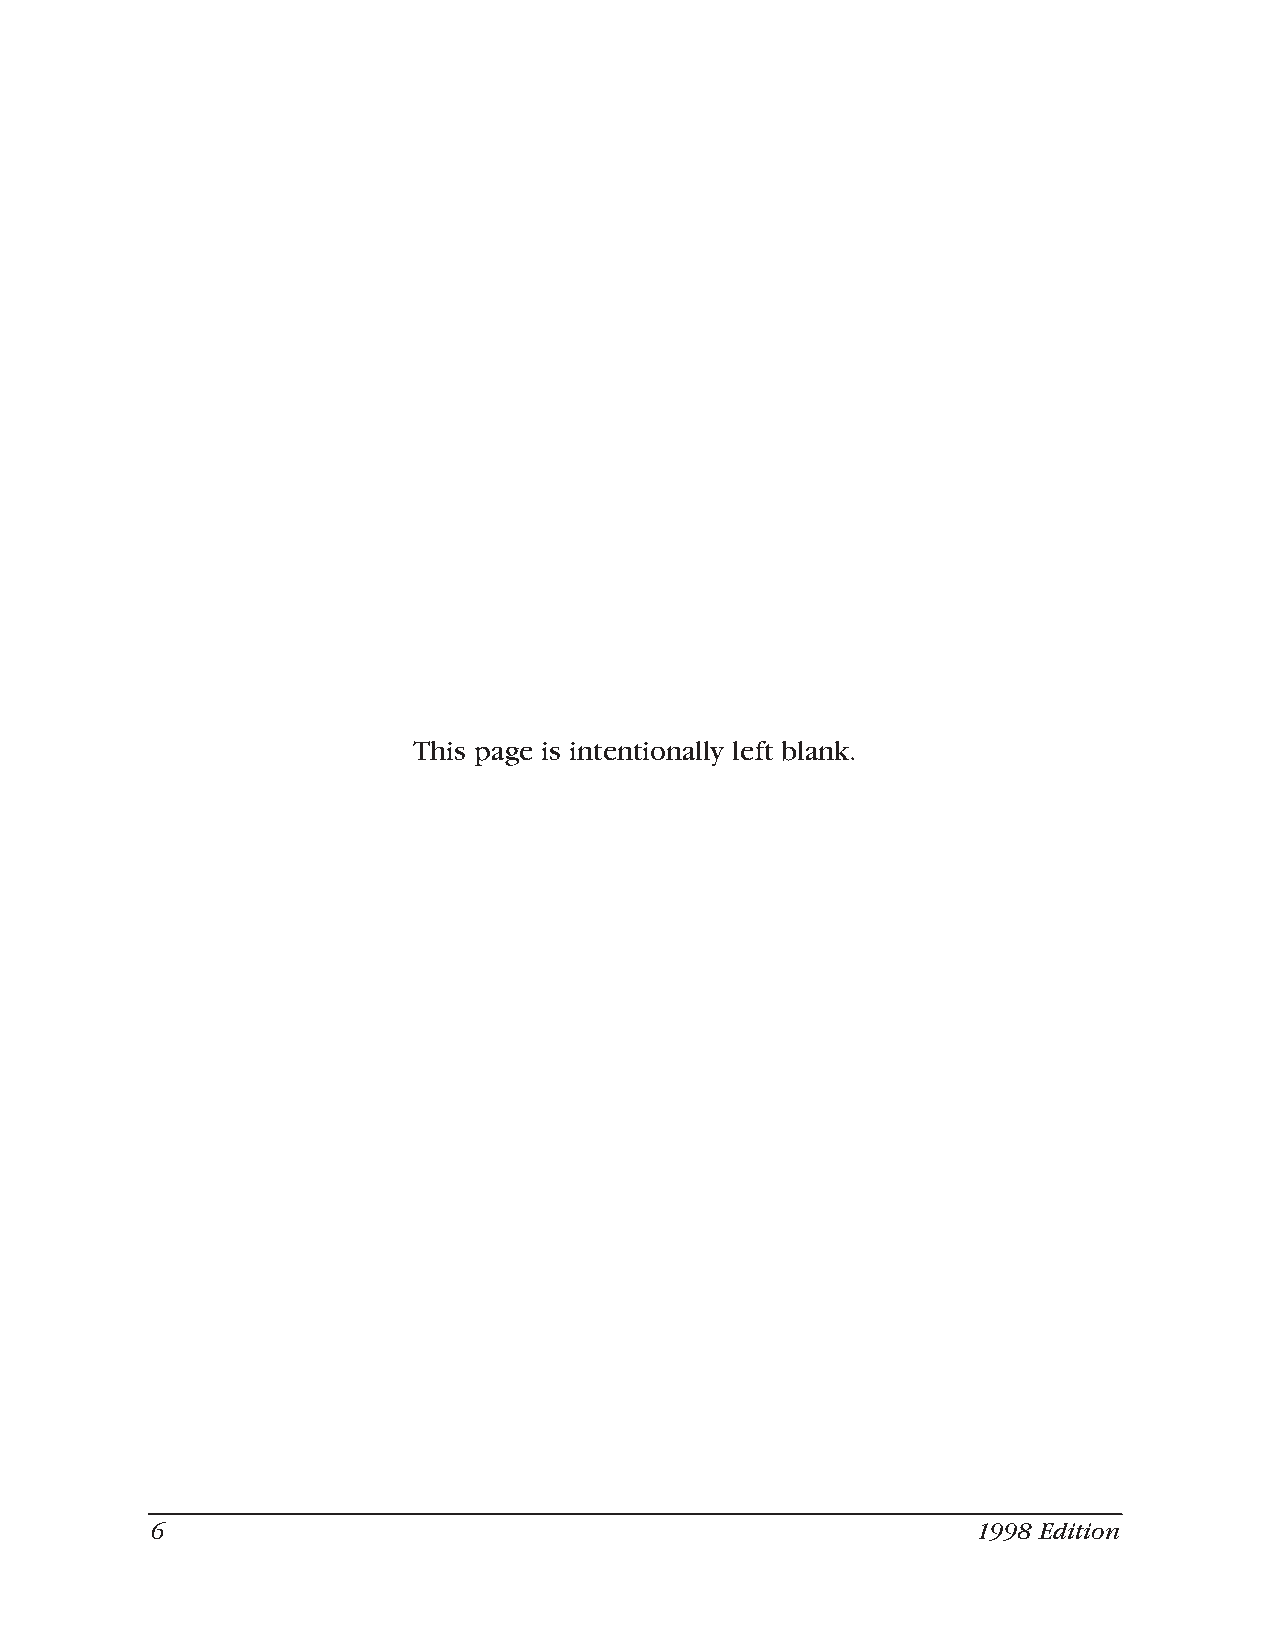
This page is intentionally left blank.
 6                                                      1998 Edition